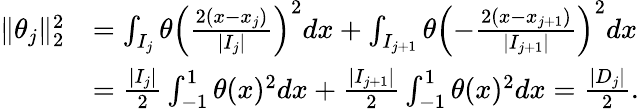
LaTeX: \begin{array}{rl}{\| \theta_{j}\| _{2}^{2}}&{=\int_{I_{j}}\theta\left(\frac{2(x-x_{j})}{|I_{j}|}\right)^{2}dx+\int_{I_{j+1}}\theta\left(-\frac{2(x-x_{j+1})}{|I_{j+1}|}\right)^{2}dx}\\ &{=\frac{|I_{j}|}{2}\int_{-1}^{1}\theta(x)^{2}dx+\frac{|I_{j+1}|}{2}\int_{-1}^{1}\theta(x)^{2}dx=\frac{|D_{j}|}{2}.}\end{array}